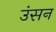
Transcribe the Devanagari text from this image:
उंसन